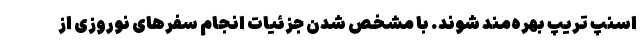
اسنپ تریپ بهره‌مند شوند. با مشخص شدن جزئیات انجام سفرهای نوروزی از